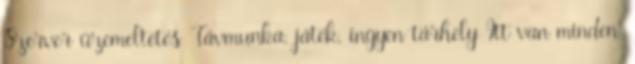
Szerver üzemeltetés Távmunka, játék, ingyen tárhely Itt van minden,